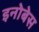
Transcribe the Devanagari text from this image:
इनोबेस